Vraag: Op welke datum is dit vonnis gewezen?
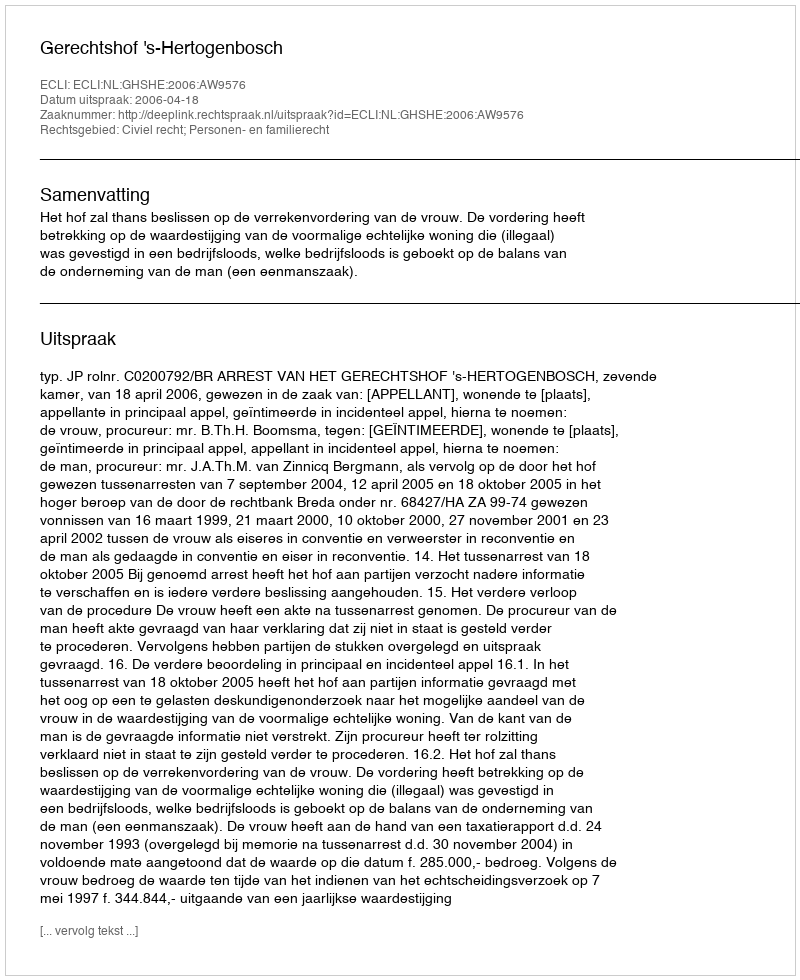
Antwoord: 2006-04-18